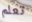
تعلم